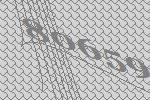
80659